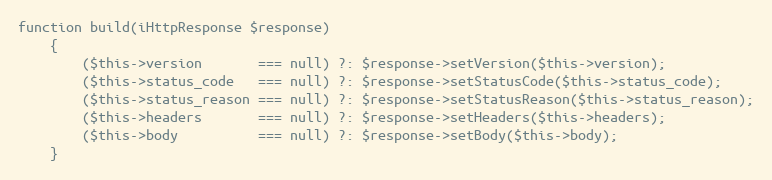
Language: PHP
function build(iHttpResponse $response)
    {
        ($this->version       === null) ?: $response->setVersion($this->version);
        ($this->status_code   === null) ?: $response->setStatusCode($this->status_code);
        ($this->status_reason === null) ?: $response->setStatusReason($this->status_reason);
        ($this->headers       === null) ?: $response->setHeaders($this->headers);
        ($this->body          === null) ?: $response->setBody($this->body);
    }